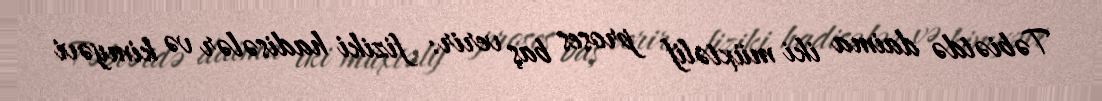
Təbiətdə daima iki müxtəlif proses baş verir: fiziki hadisələr və kimyəvi